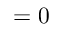
= 0